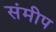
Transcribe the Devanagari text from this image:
संमीप